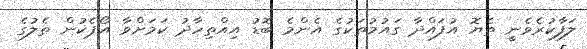
ލަފާކުރެވެނީ ތެޔޮ އުފައްދާ ގައުމުތަކުގެ އެންމެ ބޮޑު އިއްތިހާދު ކަމަށްވާ އޯޕެކުން ތެލުގެ